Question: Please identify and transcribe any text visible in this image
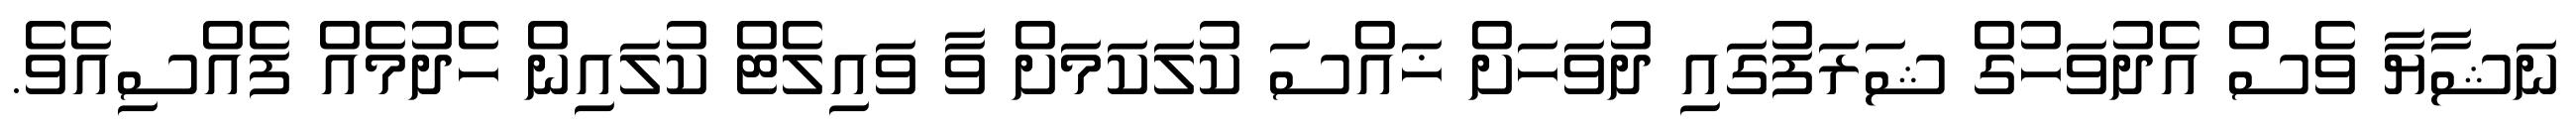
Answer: ނަޝާޔާ ވެސް އެދުވަހުގް ޝަރަފުގައި ދުވަހަށް ޚައްސަ ކުލަކަމަށް ވާ ވައިލެޓް ކުލައިން ހެދުމެއް ފެއްސިއެވެ.